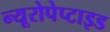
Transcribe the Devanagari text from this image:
न्यूरोपेप्टाइड